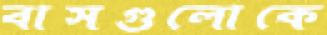
বাসগুলোকে